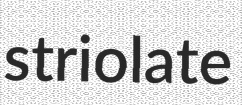
striolate